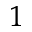
^ 1